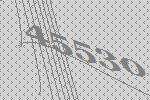
45530